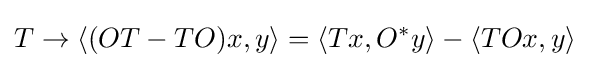
T\to \langle (OT-TO)x,y\rangle =\langle Tx,O^{*}y\rangle -\langle TOx,y\rangle